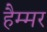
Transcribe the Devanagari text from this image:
हैम्मर